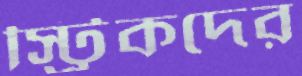
স্ট্রিকদের